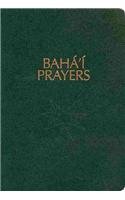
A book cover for Baha'i Prayers: A Selection of Prayers; Baha'u'llah; Religion & Spirituality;